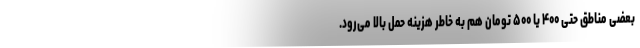
بعضی مناطق حتی ۴۰۰ یا ۵۰۰ تومان هم به خاطر هزینه حمل بالا می‌رود.